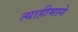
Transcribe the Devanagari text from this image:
त्याहीमागे